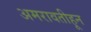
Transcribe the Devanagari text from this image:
अमरावतीहून